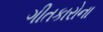
ગીતકારોના